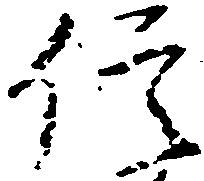
信